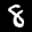
Label: 8